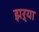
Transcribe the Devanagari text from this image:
झऱ्या